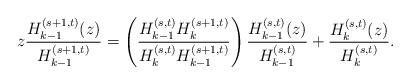
LaTeX: \begin{align*}z\frac{H_{k-1}^{(s+1,t)}(z)}{H_{k-1}^{(s+1,t)}}=\left(\frac{H_{k-1}^{(s,t)}H_{k}^{(s+1,t)}}{H_{k}^{(s,t)}H_{k-1}^{(s+1,t)}}\right)\frac{H_{k-1}^{(s,t)}(z)}{H_{k-1}^{(s,t)}}+\frac{H_{k}^{(s,t)}(z)}{H_{k}^{(s,t)}}.\end{align*}